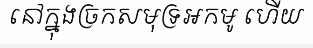
នៅក្នុងច្រកសមុទ្រអកមូ ហើយ